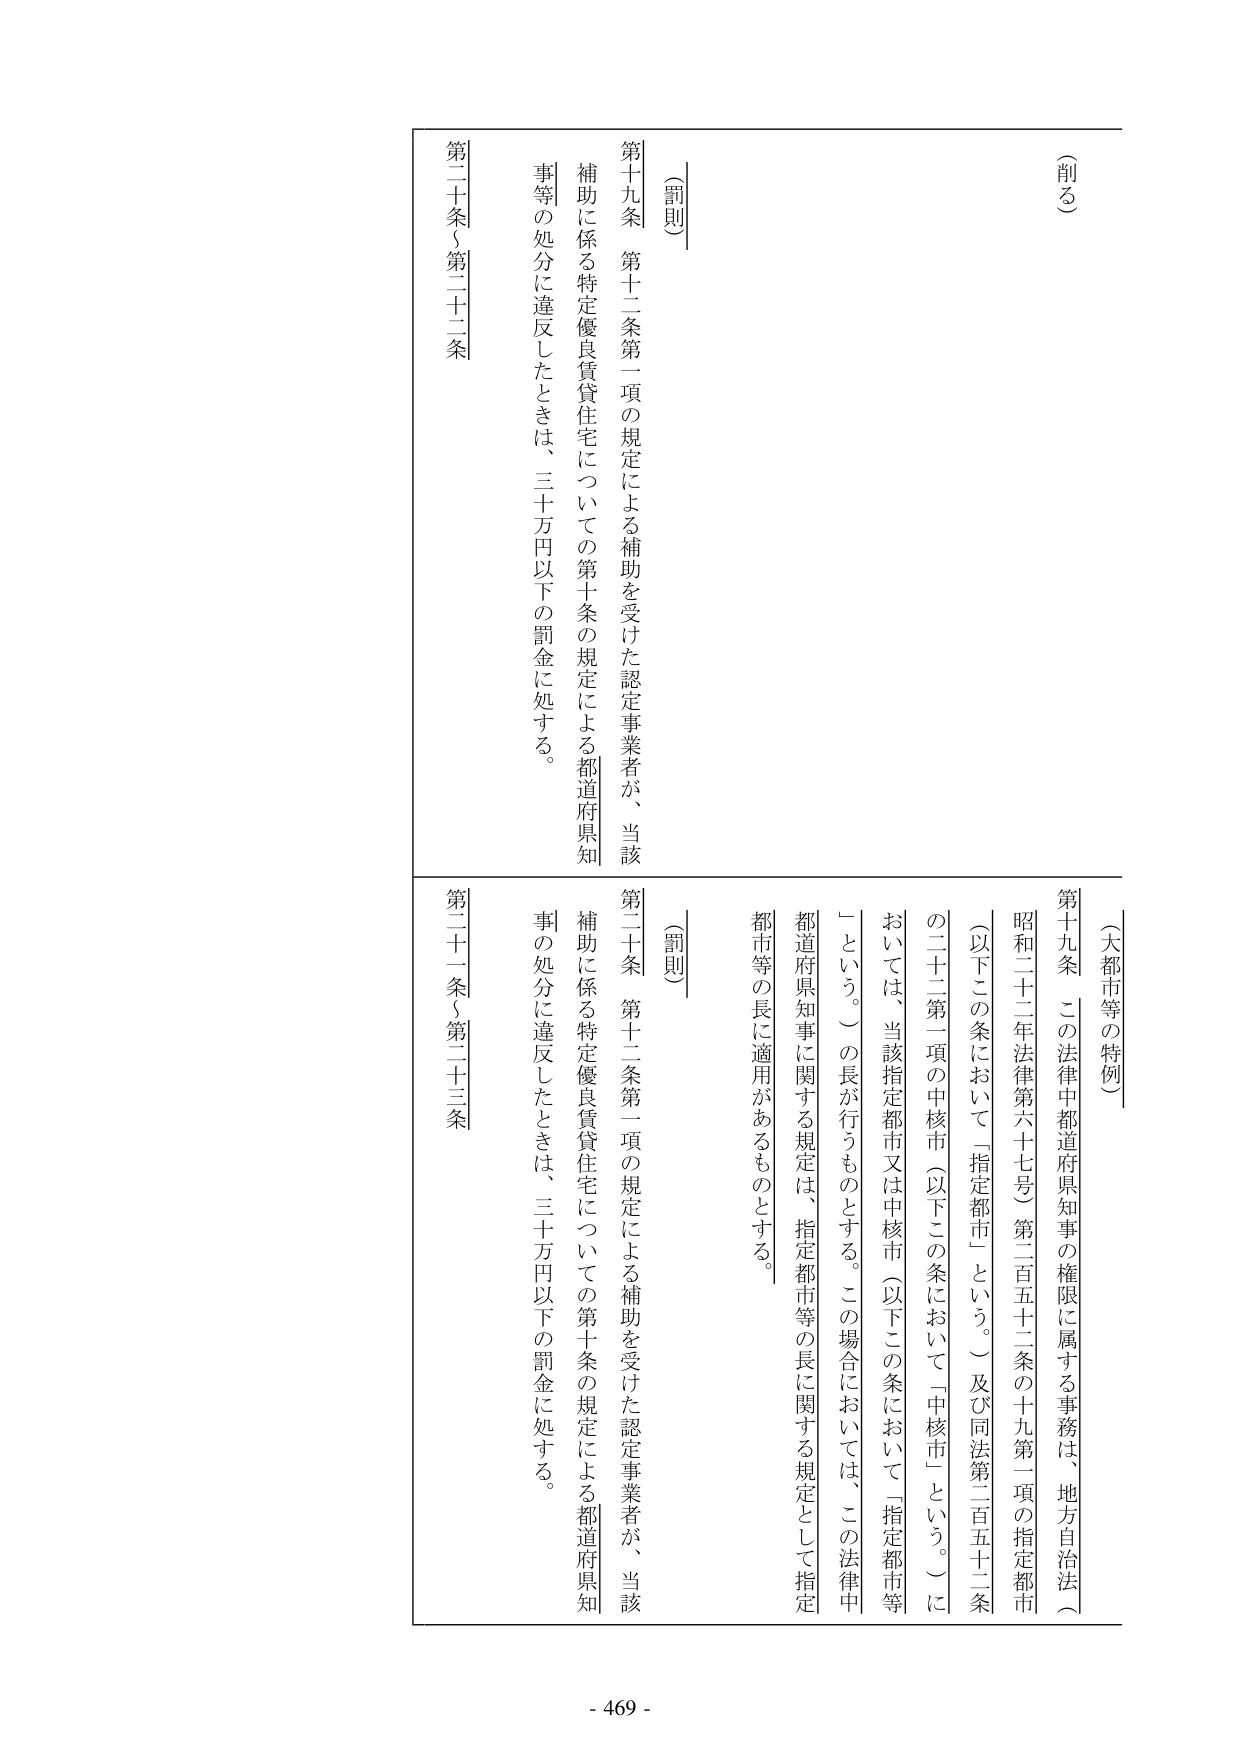
（削る）

（大都市等の特例）

第十九条　この法律中都道府県知事の権限に属する事務は、地方自治法（昭和二十二年法律第六十七号）第二百五十二条の十九第一項の指定都市（以下この条において「指定都市」という。）及び同法第二百五十二条の二十二第一項の中核市（以下この条において「中核市」という。）においては、当該指定都市又は中核市（以下この条において「指定都市等」という。）の長が行うものとする。この場合においては、この法律中都道府県知事に関する規定は、指定都市等の長に関する規定として指定都市等の長に適用があるものとする。

〔罰則〕

第十九条　第十二条第一項の規定による補助を受けた認定事業者が、当該補助に係る特定優良賃貸住宅についての第十条の規定による都道府県知事等の処分に違反したときは、三十万円以下の罰金に処する。

第二十条（第二十二条）

〔罰則〕

第二十条　第十二条第一項の規定による補助を受けた認定事業者が、当該補助に係る特定優良賃貸住宅についての第十条の規定による都道府県知事の処分に違反したときは、三十万円以下の罰金に処する。

第二十一条（第二十三条）

- 469 -